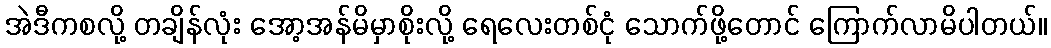
အဲဒီကစလို့ တချိန်လုံး အော့အန်မိမှာစိုးလို့ ရေလေးတစ်ငုံ သောက်ဖို့တောင် ကြောက်လာမိပါတယ်။